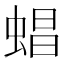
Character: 䗉